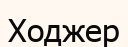
Ходжер